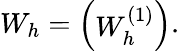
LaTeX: W_{h}=\left(\begin{array}{l}{W_{h}^{(1)}}\end{array}\right).